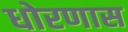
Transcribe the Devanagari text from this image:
धोरणास